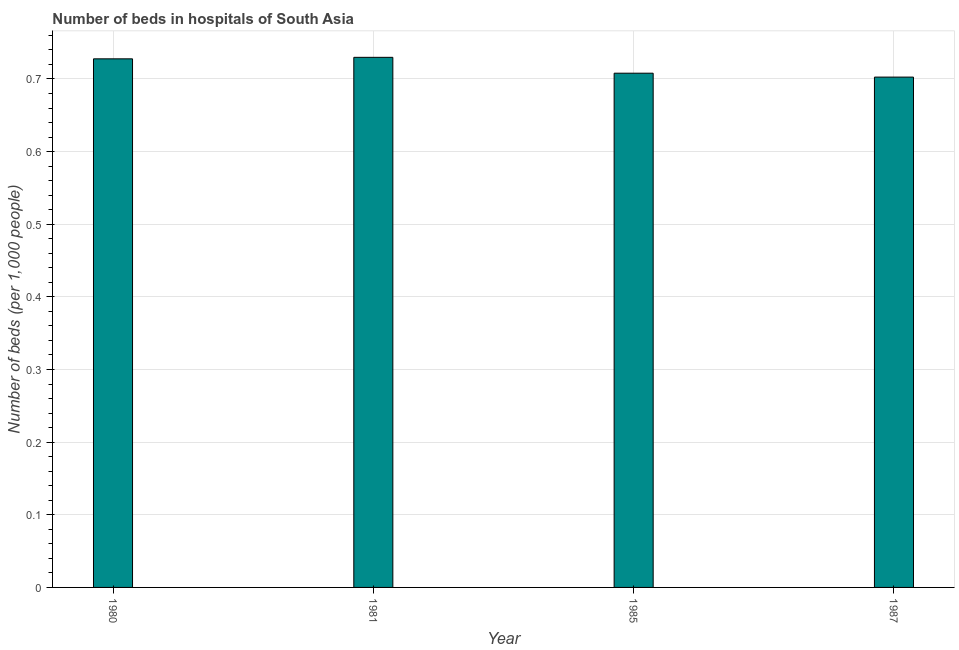
| Year | Hospital beds |
 | --- | --- |
 | 1980 | 0.728 |
 | 1981 | 0.73 |
 | 1985 | 0.708 |
 | 1987 | 0.703 |